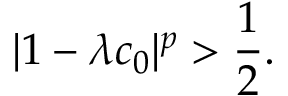
| 1 - \lambda c _ { 0 } | ^ { p } > \frac { 1 } { 2 } .